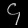
Digit: ၄